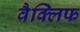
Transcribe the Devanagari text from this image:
वैक्लिफ